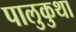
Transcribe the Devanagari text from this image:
पालुकुथा